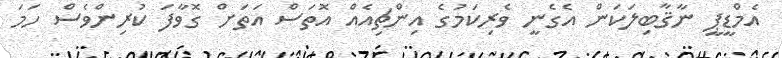
އެމްޑީޕީ ނާޤާބިލަކަން އެގެނީ ވެރިކަމުގެ އިންޗިއެއް އޮތަސް އަތަށް ގޮވާފަ ކުރިންވެސް ހަމަ